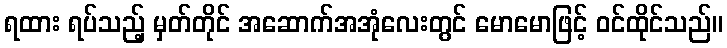
ရထား ရပ်သည့် မှတ်တိုင် အဆောက်အအုံလေးတွင် မောမောဖြင့် ဝင်ထိုင်သည်။